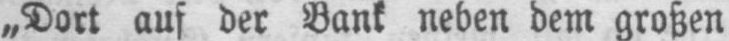
„Dort auf der Bank neben dem großen